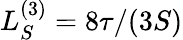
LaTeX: L_{S}^{(3)}=8\tau/(3S)